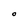
Character: O